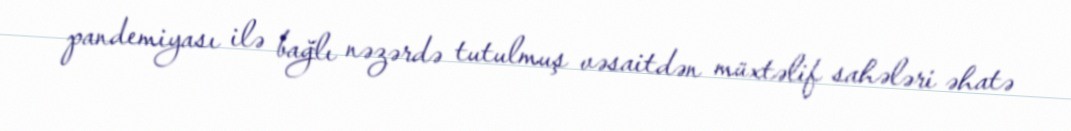
pandemiyası ilə bağlı nəzərdə tutulmuş vəsaitdən müxtəlif sahələri əhatə